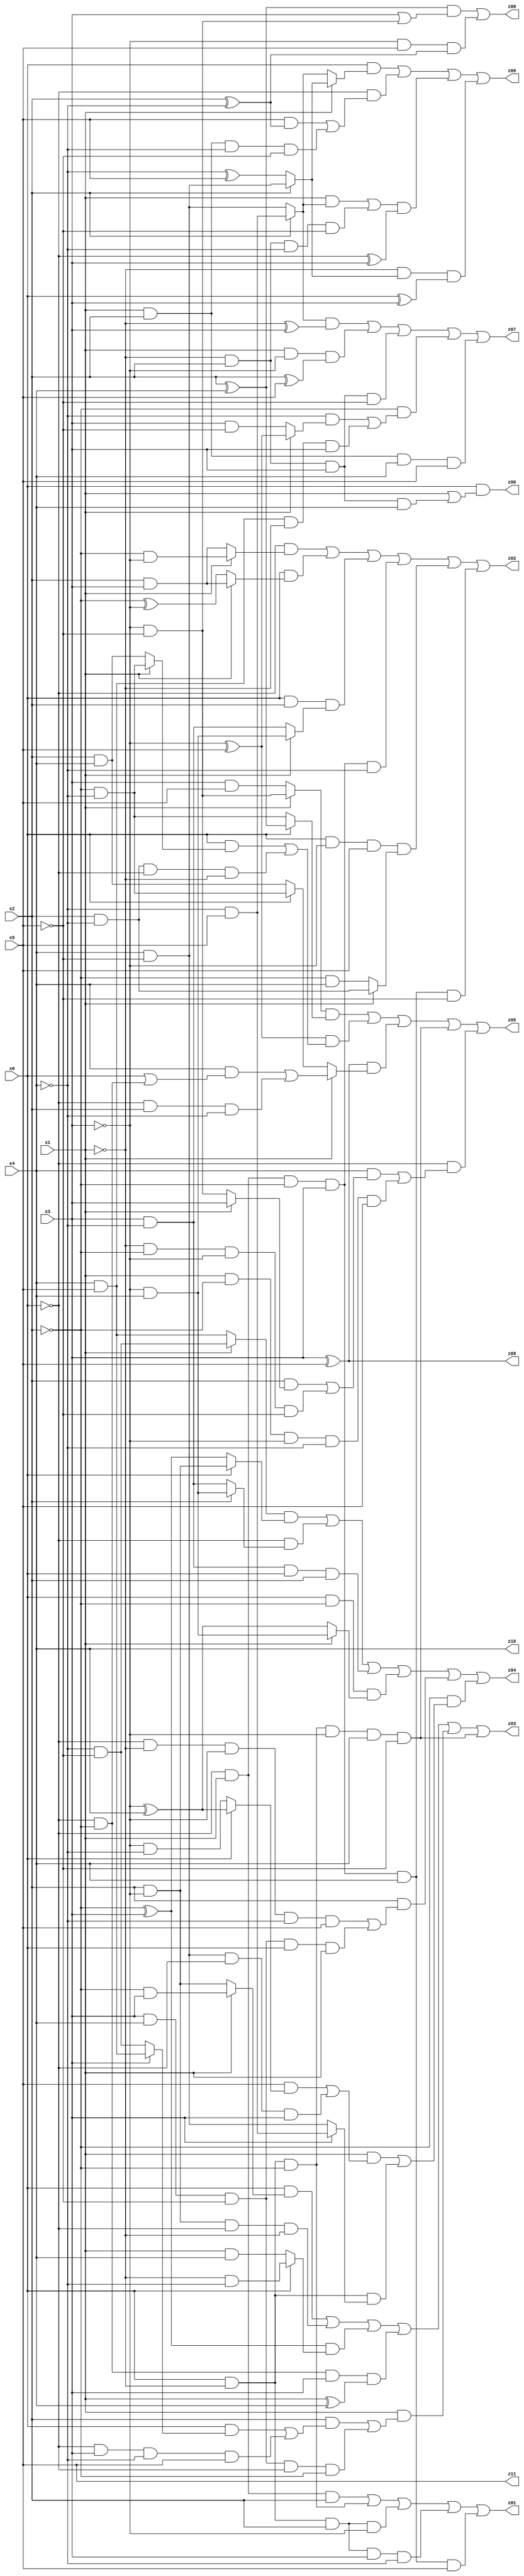
// Benchmark "X_3" written by ABC on Fri May 26 04:00:50 2023

module X_3 ( 
    x0, x1, x2, x3, x4, x5,
    z00, z01, z02, z03, z04, z05, z06, z07, z08, z09, z10, z11  );
  input  x0, x1, x2, x3, x4, x5;
  output z00, z01, z02, z03, z04, z05, z06, z07, z08, z09, z10, z11;
  assign z00 = x0 & (x1 | (~x1 & x2 & x3 & x4));
  assign z01 = (~x0 & x1 & x2) | (x0 & ~x1 & ~x2) | (x0 & ~x1 & x2 & ~x3) | (x0 & ~x1 & x2 & x3 & ~x4) | (~x0 & x1 & ~x2 & x3 & x4 & x5);
  assign z02 = (~x0 & (x1 ? (~x2 & ~x3) : (x2 & x3))) | (x0 & (x1 ? (x2 & x3) : (~x2 ^ ~x3))) | (x0 & x2 & (x1 ? (~x3 & x4) : (x3 & ~x4))) | (~x0 & x1 & ~x2 & x3 & ~x4) | (x0 & ~x3 & x5 & (x1 ? (x2 & ~x4) : (~x2 & x4))) | (~x0 & x1 & ~x2 & x3 & x4 & ~x5);
  assign z03 = (x0 & (x1 ? (~x2 & x3) : (x2 & ~x3))) | (x2 & ~x3 & ~x0 & ~x1) | ((~x2 ^ x3) & (x0 ? (~x1 & ~x4) : (x1 & x4))) | (~x0 & ~x2 & x3 & (x1 ^ x4)) | (x1 & ((x2 & ((x0 & (x3 ? (x4 & x5) : (~x4 & ~x5))) | (~x0 & x3 & ~x4 & x5))) | (x3 & x4 & ~x5 & ~x0 & ~x2))) | (x0 & ~x1 & ~x2 & ~x3 & x4 & ~x5);
  assign z04 = ((x1 ? (~x4 & ~x5) : (x4 & x5)) & (x0 ? (x2 & ~x3) : (~x2 ^ x3))) | (~x0 & (x2 ? (~x3 & x4) : (x3 & ~x4))) | (x3 & ~x4 & x0 & x2) | (x0 & ~x2 & (x1 ? (~x3 & x4) : (~x3 ^ x4))) | (x2 & ((~x0 & ~x1 & ~x3 & ~x4 & x5) | (x3 & x4 & ~x5 & x0 & x1))) | (~x2 & ((x1 & ((x5 & (x0 ? (~x3 ^ x4) : (~x3 & ~x4))) | (x4 & ~x5 & ~x0 & x3))) | (x0 & ~x1 & (x3 ? (~x4 & x5) : (x4 & ~x5)))));
  assign z05 = ((x1 ? (~x3 & ~x5) : (x3 & x5)) & (x0 ? (x2 ^ x4) : (~x2 & ~x4))) | ((~x3 ^ x5) & ((x0 & (x1 ? (~x2 & ~x4) : (x2 & x4))) | (x2 & ~x4 & ~x0 & ~x1))) | ((x3 ^ x5) & (x1 ? ((x4 & (x0 | (~x0 & ~x2))) | (~x0 & x2 & ~x4)) : (x0 ? (~x2 & ~x4) : (x2 & x4)))) | (x0 & ~x1 & ~x2 & ~x3 & x4 & ~x5) | (~x0 & ((x4 & ((x2 & (x1 ? x3 : (~x3 & ~x5))) | (~x1 & ~x2 & ~x3 & ~x5))) | (x1 & ~x2 & ~x3 & ~x4 & x5)));
  assign z06 = (x0 & (x1 ? (x2 ? (x4 & ~x5) : (~x4 ^ x5)) : (x2 ? (~x4 & x5) : (x4 & ~x5)))) | (~x0 & ((x5 & (x2 ^ ~x4)) | (x1 & x2 & ~x4 & ~x5))) | (((x1 & (x2 ? (~x4 & x5) : (x4 & ~x5))) | (~x1 & x2 & ~x4 & ~x5)) & (~x0 ^ x3)) | (~x1 & (x2 ? (x4 & ~x5) : (~x4 ^ x5)) & (x0 ^ x3));
  assign z07 = ((x2 ? (~x4 & x5) : (x4 & ~x5)) & (~x1 ^ x3)) | (x1 & ~x3 & (x2 ^ x5)) | (~x1 & x2 & x3 & ~x5) | (~x2 & ((~x4 & (x1 ? (~x3 ^ x5) : (x3 & ~x5))) | (x4 & x5 & ~x1 & x3))) | (x1 & x2 & x4 & x5);
  assign z08 = ((x2 ^ x4) & (x3 | (~x3 & ~x5))) | (~x3 & x5 & (x2 ^ ~x4));
  assign z09 = x3 ^ x5;
  assign z10 = x4;
  assign z11 = x5;
endmodule